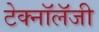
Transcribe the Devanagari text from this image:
टेक्नॉलॅजी